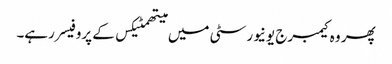
پھر وہ کیمبرج یونیورسٹی میں میتھمٹیکس کے پروفیسر رہے۔